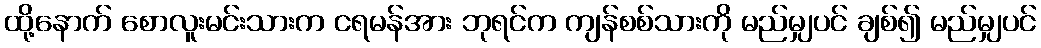
ထို့နောက် စောလူးမင်းသားက ငရမန်အား ဘုရင်က ကျန်စစ်သားကို မည်မျှပင် ချစ်၍ မည်မျှပင်